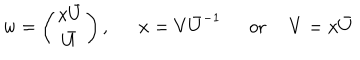
w = \left( \begin{array} { c } { { x \bar { U } } } \\ { { \bar { U } } } \\ \end{array} \right) , x = V \bar { U } ^ { - 1 } \mathrm { o r } ~ ~ V = x \bar { U }